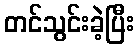
တင်သွင်းခဲ့ပြီး